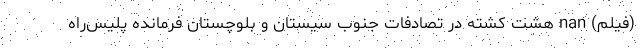
(فیلم) nan هشت کشته در تصادفات جنوب سیستان و بلوچستان فرمانده پلیس‌راه